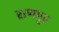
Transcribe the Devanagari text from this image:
राणपुर